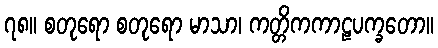
၇၈။ စတုရော စတုရော မာသာ၊ ကတ္တိကကာဠပက္ခတော။